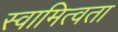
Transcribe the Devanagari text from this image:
स्वामित्वता